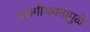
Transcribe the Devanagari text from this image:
परागीभवनामुळे